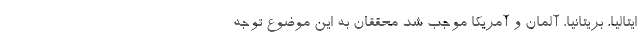
ایتالیا، بریتانیا، آلمان و آمریکا موجب شد محققان به این موضوع توجه